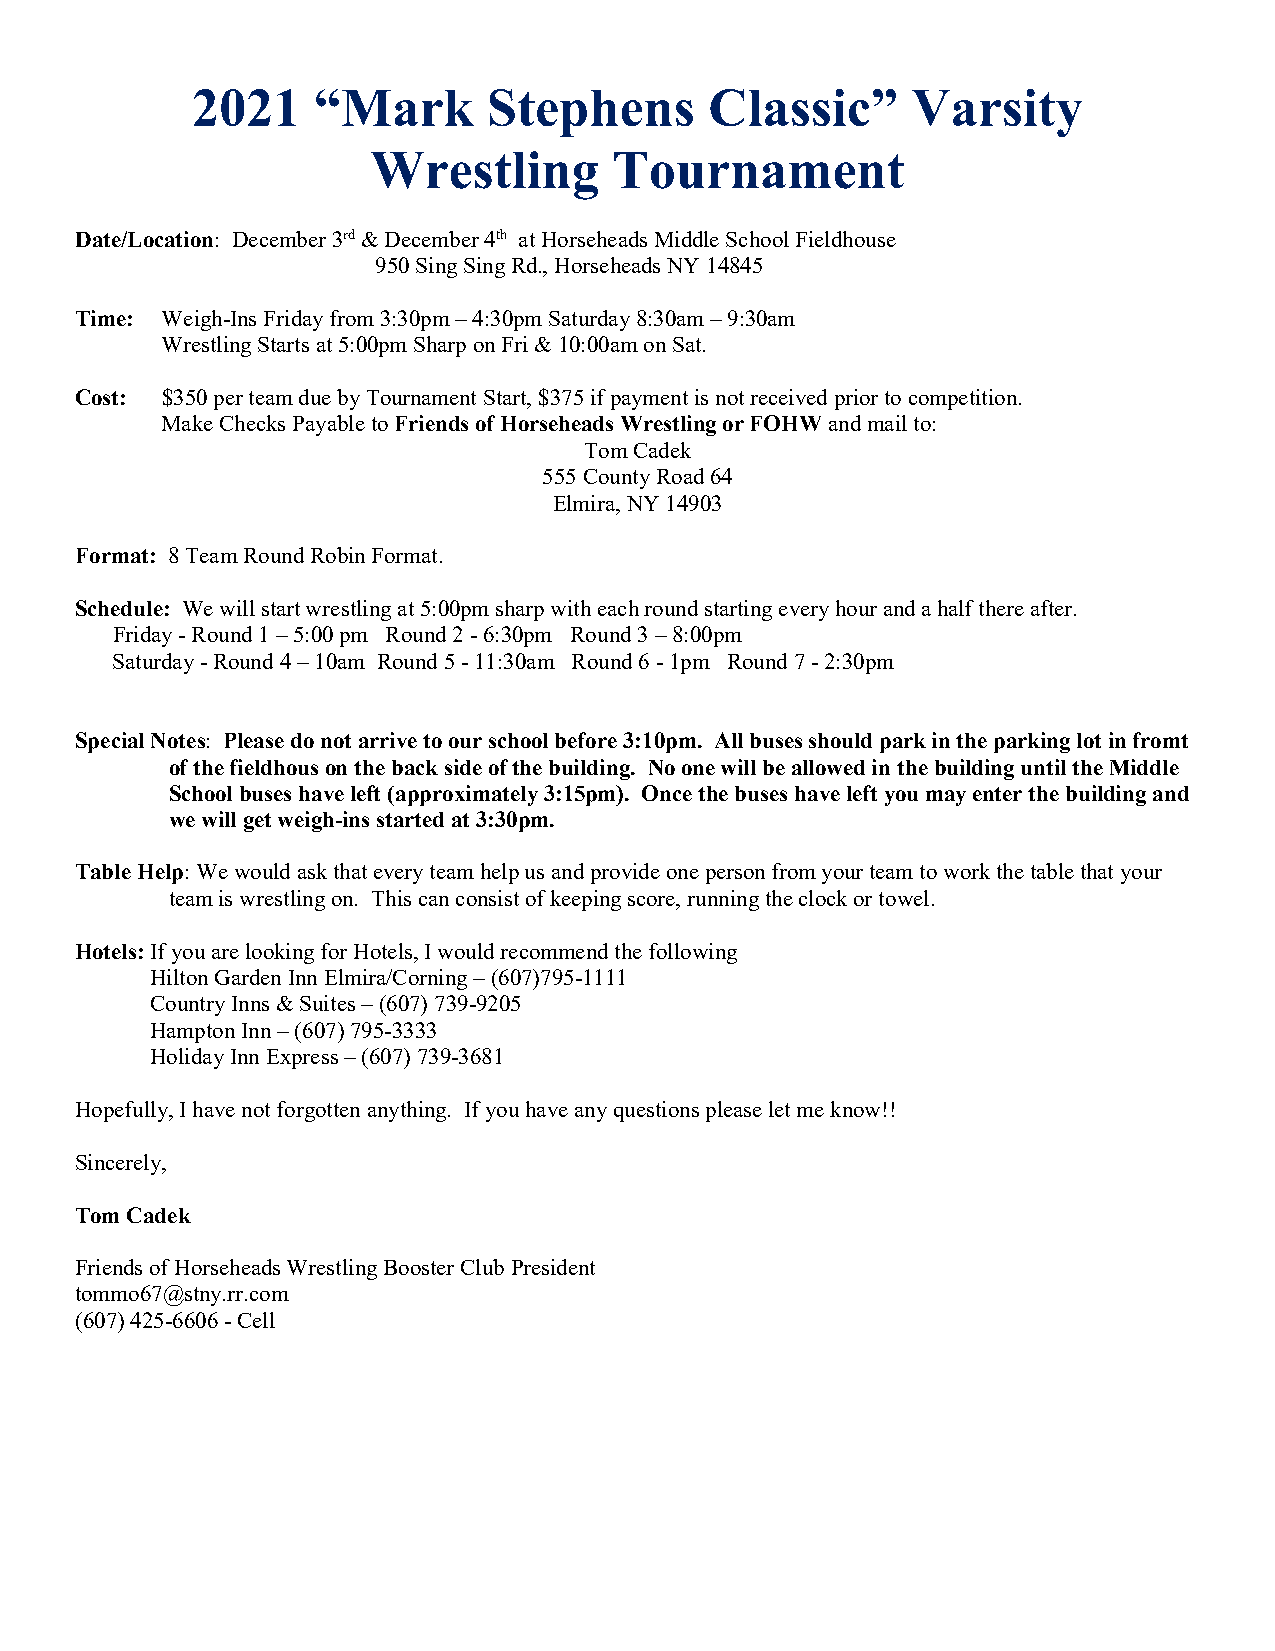
2021    “Mark      Stephens       Classic”     Varsity
 Wrestling       Tournament
 Date/Location: December 3rd & December 4th at Horseheads Middle School Fieldhouse
 950 Sing Sing Rd., Horseheads NY 14845
 Time: Weigh-Ins Friday from 3:30pm – 4:30pm Saturday 8:30am – 9:30am
 Wrestling Starts at 5:00pm Sharp on Fri & 10:00am on Sat.
 Cost: $350 per team due by Tournament Start, $375 if payment is not received prior to competition.
 Make Checks Payable to Friends of Horseheads Wrestling or FOHW and mail to:
 Tom Cadek
 555 County Road 64
 Elmira, NY 14903
 Format: 8 Team Round Robin Format.
 Schedule: We will start wrestling at 5:00pm sharp with each round starting every hour and a half there after.
 Friday - Round 1 – 5:00 pm Round 2 - 6:30pm Round 3 – 8:00pm
 Saturday - Round 4 – 10am Round 5 - 11:30am Round 6 - 1pm Round 7 - 2:30pm
 Special Notes: Please do not arrive to our school before 3:10pm. All buses should park in the parking lot in fromt
 of the fieldhous on the back side of the building. No one will be allowed in the building until the Middle
 School buses have left (approximately 3:15pm). Once the buses have left you may enter the building and
 we will get weigh-ins started at 3:30pm.
 Table Help: We would ask that every team help us and provide one person from your team to work the table that your
 team is wrestling on. This can consist of keeping score, running the clock or towel.
 Hotels: If you are looking for Hotels, I would recommend the following
 Hilton Garden Inn Elmira/Corning – (607)795-1111
 Country Inns & Suites – (607) 739-9205
 Hampton Inn – (607) 795-3333
 Holiday Inn Express – (607) 739-3681
 Hopefully, I have not forgotten anything. If you have any questions please let me know!!
 Sincerely,
 Tom Cadek
 Friends of Horseheads Wrestling Booster Club President
 tommo67@stny.rr.com
 (607) 425-6606 - Cell